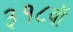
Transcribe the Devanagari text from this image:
३१८वॉ